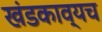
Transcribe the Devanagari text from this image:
खंडकाव्यच